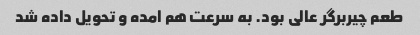
طعم چیربرگر عالی بود. به سرعت هم امده و تحویل داده شد